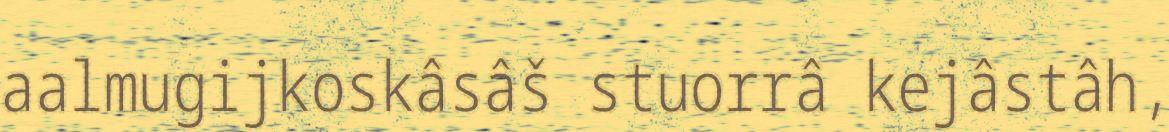
aalmugijkoskâsâš stuorrâ kejâstâh,